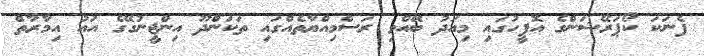
ފެނަކަ ކޯޕަރޭޝަންގެ އޮފީހުގައި މިއަދު ބޭއްވި ރަސްމިއްޔާތެއްގައި ތަކަންދޫ އިންޖީނުގޭގެ އައު އިމާރާތް